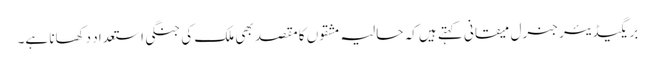
بریگیڈیئر جنرل میقانی کہتے ہیں کہ حالیہ مشقوں کا مقصد بھی ملک کی جنگی استعداد دکھانا ہے۔